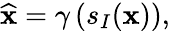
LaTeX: \widehat{\mathbf{x}}=\gamma\left(s_{I}(\mathbf{x})\right),